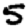
Digit: 5